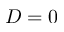
D = 0